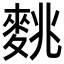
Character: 𪌪